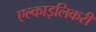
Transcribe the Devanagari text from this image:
एल्काइलिकरी